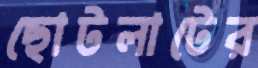
ছোটলাটের